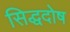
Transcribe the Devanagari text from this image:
सिद्धदोष